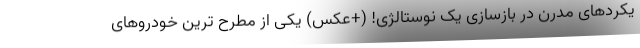
یکردهای مدرن در بازسازی یک نوستالژی! (+عکس) یکی از مطرح ترین خودروهای